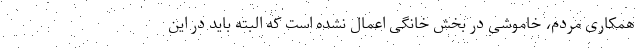
همکاری مردم، خاموشی در بخش خانگی اعمال نشده است که البته باید در این